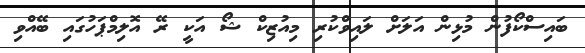
ބައިސްކޯފުން މުޅިން އަލަށް ލައިވްކުރި މިއުޒިކް ޝޯ އަކީ ރޭ އޮލިމްޕަހުގައި ބޭއްވި